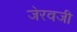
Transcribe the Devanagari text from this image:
जेरवजी